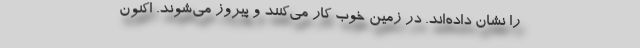
را نشان داده‌اند. در زمین خوب کار می‌کنند و پیروز می‌شوند. اکنون